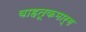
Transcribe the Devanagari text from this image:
वाहतूकमार्ग